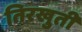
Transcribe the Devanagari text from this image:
तिरखुती